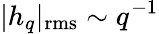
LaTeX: |h_{q}|_{\mathrm{rms}}\sim q^{-1}